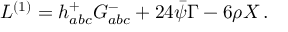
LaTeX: { \cal L } ^ { ( 1 ) } = h _ { a b c } ^ { + } G _ { a b c } ^ { - } + 2 4 \bar { \psi } \Gamma - 6 \rho X \, .